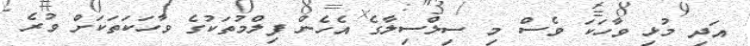
އަދި މުޅި ވާހަކަ ވެސް މި ސިލްސިލާގެ އެހެން ފިލްމުތަކުގެ ވާހަކަތަކަށް ވުރެ